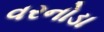
વરનોડા